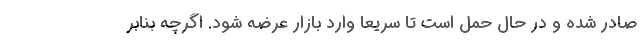
صادر شده و در حال حمل است تا سریعا وارد بازار عرضه شود. اگرچه بنابر